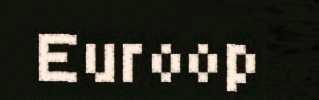
Euroop